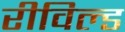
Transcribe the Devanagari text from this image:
रीविल्ड